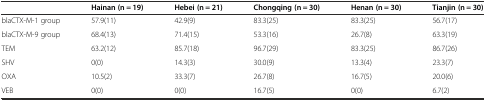
|  | Hainan (n = 19) | Hebei (n = 21) | Chongqing (n = 30) | Henan (n = 30) | Tianjin (n = 30) |
 | --- | --- | --- | --- | --- | --- |
 | blaCTX-M-1 group | 57.9(11) | 42.9(9) | 83.3(25) | 83.3(25) | 56.7(17) |
 | blaCTX-M-9 group | 68.4(13) | 71.4(15) | 53.3(16) | 26.7(8) | 63.3(19) |
 | TEM | 63.2(12) | 85.7(18) | 96.7(29) | 83.3(25) | 86.7(26) |
 | SHV | 0(0) | 14.3(3) | 30.0(9) | 13.3(4) | 23.3(7) |
 | OXA | 10.5(2) | 33.3(7) | 26.7(8) | 16.7(5) | 20.0(6) |
 | VEB | 0(0) | 0(0) | 16.7(5) | 0(0) | 6.7(2) |